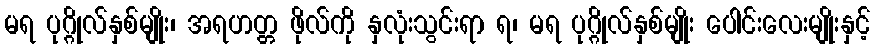
မရ ပုဂ္ဂိုလ်နှစ်မျိုး၊ အရဟတ္တ ဖိုလ်ကို နှလုံးသွင်းရာ ရ၊ မရ ပုဂ္ဂိုလ်နှစ်မျိုး ပေါင်းလေးမျိုးနှင့်